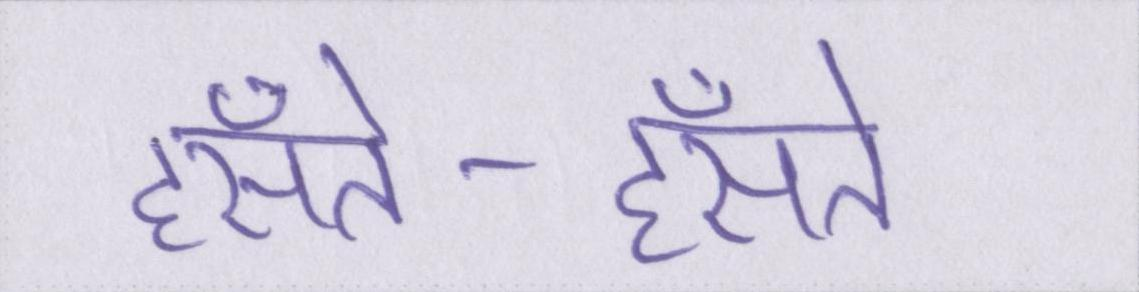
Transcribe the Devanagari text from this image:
हँसते-हँसते